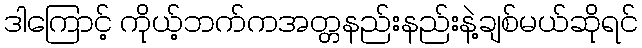
ဒါကြောင့် ကိုယ့်ဘက်ကအတ္တနည်းနည်းနဲ့ချစ်မယ်ဆိုရင်